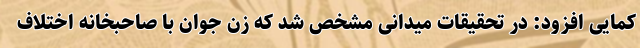
کمایی‌ افزود: در تحقیقات میدانی مشخص شد که زن جوان با صاحبخانه اختلاف